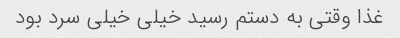
غذا وقتی به دستم رسید خیلی خیلی سرد بود